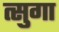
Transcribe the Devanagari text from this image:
त्सुगा